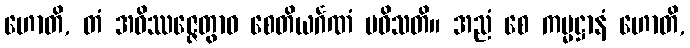
ဟောတိ, တံ အဝိဿဇ္ဇေတွာဝ စေတိယင်္ဂဏံ ပဝိသတိ။ အညံ စေ ကမ္မဋ္ဌာနံ ဟောတိ,